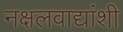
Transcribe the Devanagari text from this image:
नक्षलवाद्यांशी